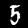
Label: 5